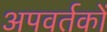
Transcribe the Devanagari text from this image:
अपवर्तकों